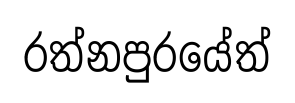
රත්නපුරයේත්